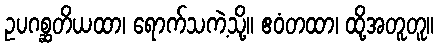
ဥပဂစ္ဆတိယထာ၊ ရောက်သကဲ့သို့။ ဧဝံတထာ၊ ထို့အတူတူ။